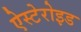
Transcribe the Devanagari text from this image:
ऐस्टेरोइड